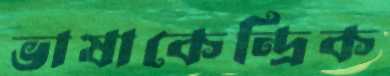
ভাষাকেন্দ্রিক